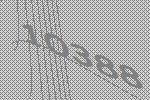
10388